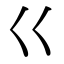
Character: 巜